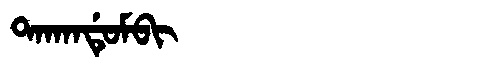
Manchu: ᡨᠠᡴᠠᠨᡩᡠᠮᠪᡳ
Romanization: TAKANDUMBI